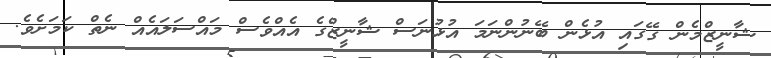
ޝާނީޒްމެން ގޭގައި އުޅެން ބޭނުންނަމަ އުޅުނަސް ޝާނީޒްގެ އެއްވެސް މައްސަލައެއް ނެތް ކަމަށެވެ.